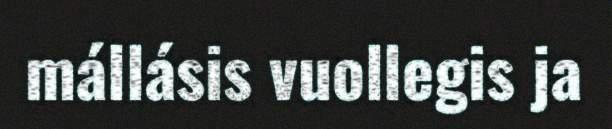
mállásis vuollegis ja